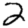
Digit: 2